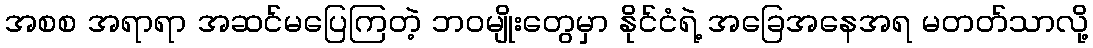
အစစ အရာရာ အဆင်မပြေကြတဲ့ ဘဝမျိုးတွေမှာ နိုင်ငံရဲ့ အခြေအနေအရ မတတ်သာလို့